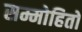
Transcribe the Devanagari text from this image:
सम्मोहितो